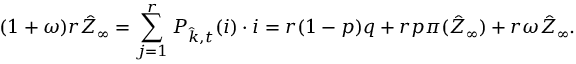
( 1 + \omega ) r \hat { Z } _ { \infty } = \sum _ { j = 1 } ^ { r } P _ { \hat { k } , t } ( i ) \cdot i = r ( 1 - p ) q + r p \pi ( \hat { Z } _ { \infty } ) + r \omega \hat { Z } _ { \infty } .